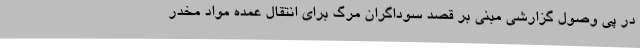
در پی وصول گزارشی مبنی بر قصد سوداگران مرگ برای انتقال عمده مواد مخدر